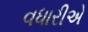
વધારીએ